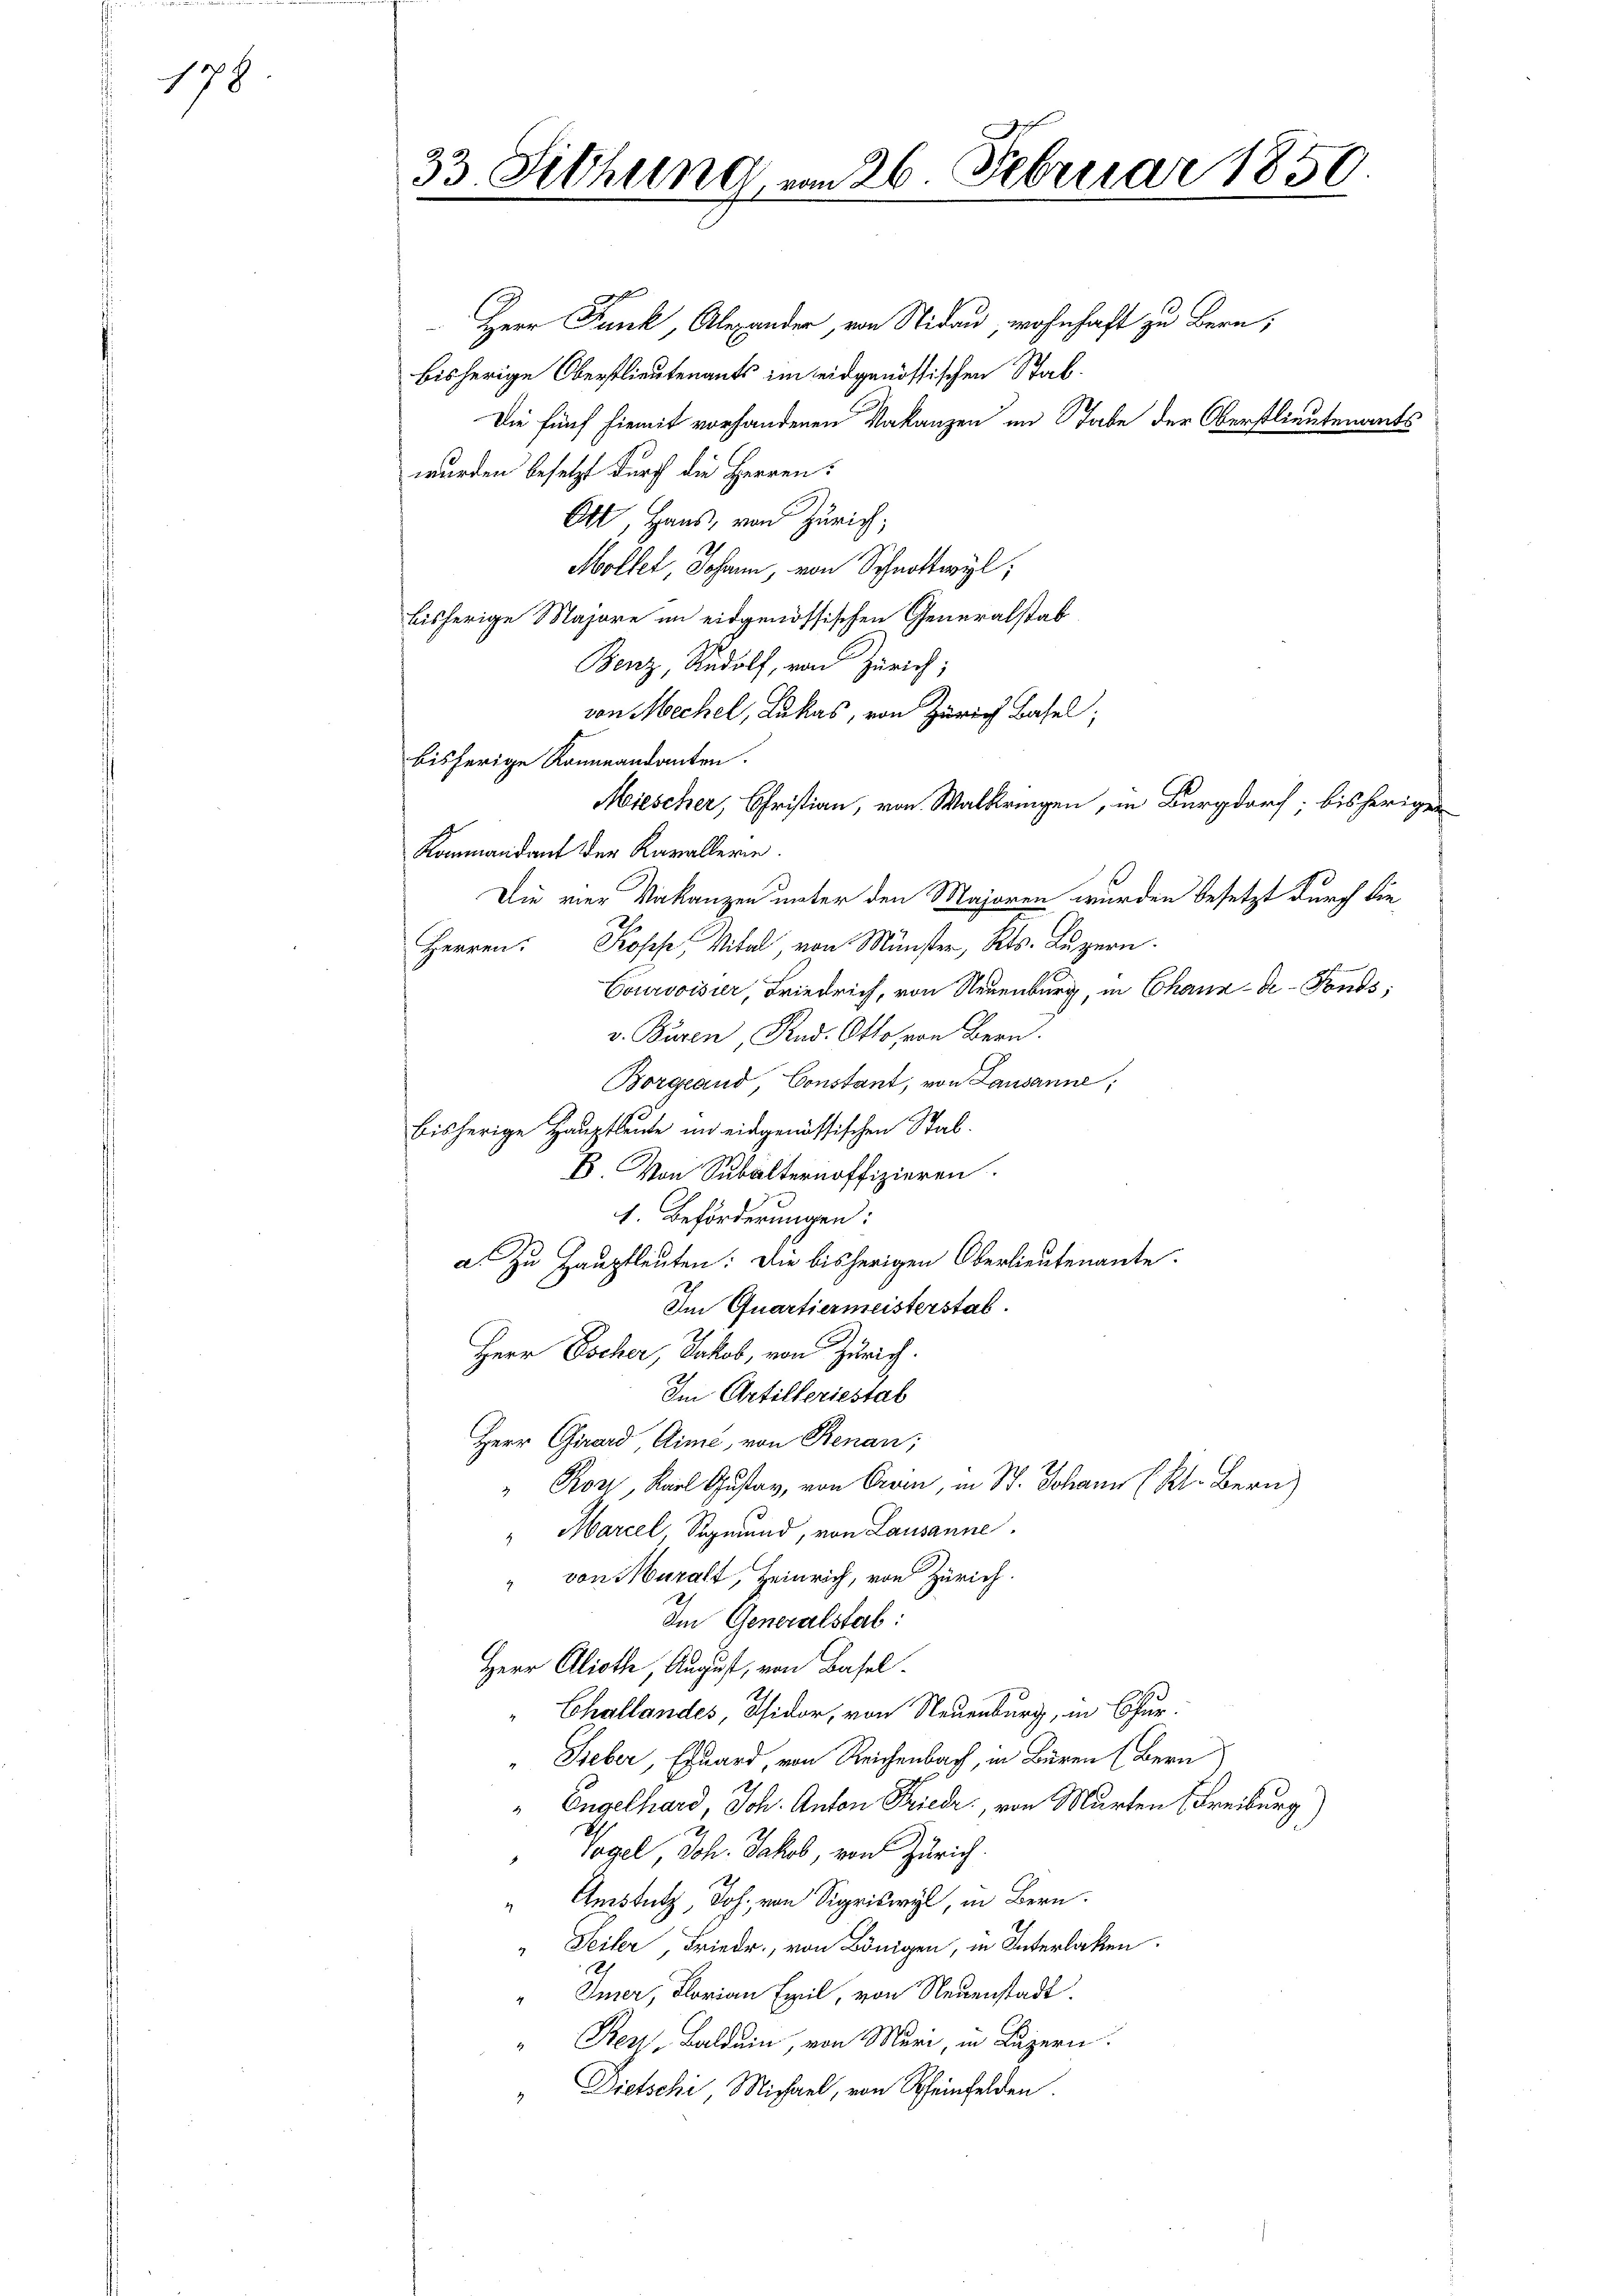
178.

33. Sitzung

126. Februar 1850

Herr Funk, Alexander, von Nidau, wohnhaft zu Bern,
bisherige Oberstlieutenants im eidgenössischen Stab¬
Die fünf hiemit vorhandenen Vakanzen im Stabe der Oberstlieutenants
wurden besetzt durch die Herren:
Ott, Haus, von Zürich,
Möller, Johann, von Schnottwyl,
bisherige Majore im eidgenössischen Generalstab
Benz, Rudolf, von Zürich;
von Mechel, Lukas, von Zürich Basel,
bisherige Kommandanten.
Miescher, Christian, von Walkringen, in Burgdorf, bisherigen
Kommandant der Kavallerie.
Die vier Vakanzen unter den Majoren wurden besetzt durch die
Herren Kopf, Vital, von Münster, Kts. Luzern.
Courvoisier, Friedrich, von Neuenburg, in Chaux-de-Fonds;
v. Buren, And. Otto von Bern.
Borgland, Constant, von Lausanne;
bisherige Hauptleute im eidgenössischen Stab¬
B. Von Subalternoffizieren.
1. Beförderungen:
a. Zu Hauptleuten: Die bisherigen Oberlieutenante.
Im Quartiermeisterstab.
Herr Escher, Jakob, von Zürich.
Im Artilleriestal
Herr Girard Cime, von Renau,
o, Karl Gustav, von Creen, in St. Johann ( Kt. Bern)
" Mariel Sigmund, von Lausanne
" von Muralt, Heinrich, von Zürich.
Im Generalstab:
Herr Aliothe, August, von Basel.
Challandes, Isidor, von Neuenburg, in Chur¬
Fieber, Eduard, von Reichenbach, in Büren (Bern
" Engelhard, Joh. Anton Friedr., von Murten (Freiburg,
Vogel, Joh. Jakob, von Zürich
" Amstutz, Joh. von Sigriswyl, in Bern.
" Seiter, Friedr., von Königen, in Interlaken.
Imer, Florian Epil, von Neuenstadt.
" Rent, Balduin, von Muri, in Luzern.
" Dietschi Michael, von Rheinfelden.